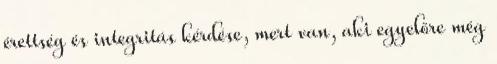
érettség és integritás kérdése, mert van, aki egyelőre még